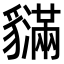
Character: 𧴝